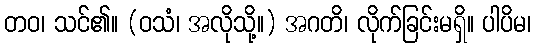
တဝ၊ သင်၏။ (ဝသံ၊ အလိုသို့။) အဂတိ၊ လိုက်ခြင်းမရှိ။ ပါပိမ၊